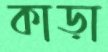
কাড়া